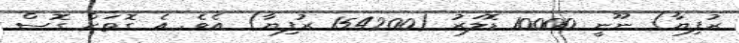
ރުފިޔާ) ނޫނީ 10000 ޑޮލަރު (154200 ރުފިޔާ) އެވެ. އެ ގޮތަށް ގޮސް